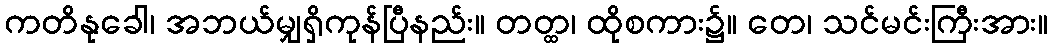
ကတိနုခေါ၊ အဘယ်မျှရှိကုန်ပြီနည်း။ တတ္ထ၊ ထိုစကား၌။ တေ၊ သင်မင်းကြီးအား။